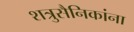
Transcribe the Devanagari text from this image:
शत्रुसैनिकांना